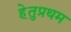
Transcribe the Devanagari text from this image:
हेतुप्रथम